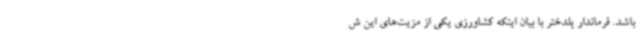
باشد. فرماندار پلدختر با بیان اینکه کشاورزی یکی از مزیت‌های این ش